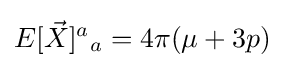
E[{\vec {X}}]^{a}{}_{a}=4\pi (\mu +3p)